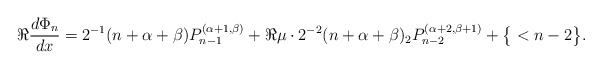
\begin{align*} \Re\frac {d\Phi_n}{dx} = 2^{-1} (n+\alpha+\beta)P_{n-1}^{(\alpha+1,\beta)} + \Re \mu\cdot 2^{-2} (n+\alpha+\beta)_2P_{n-2}^{(\alpha+2,\beta+1)} + \big\{<n-2\big\}. \end{align*}